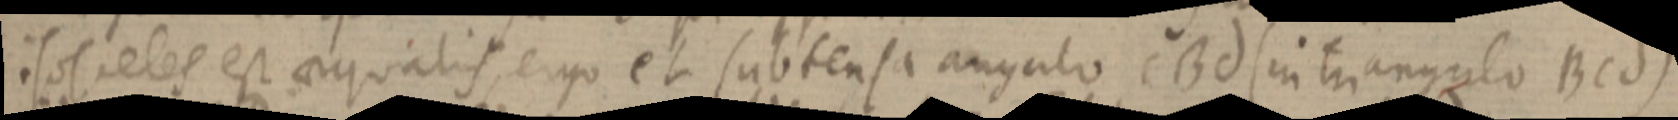
isosceles est aequalis, ergo et subtensa angulo CBd (in triangulo Bcd)